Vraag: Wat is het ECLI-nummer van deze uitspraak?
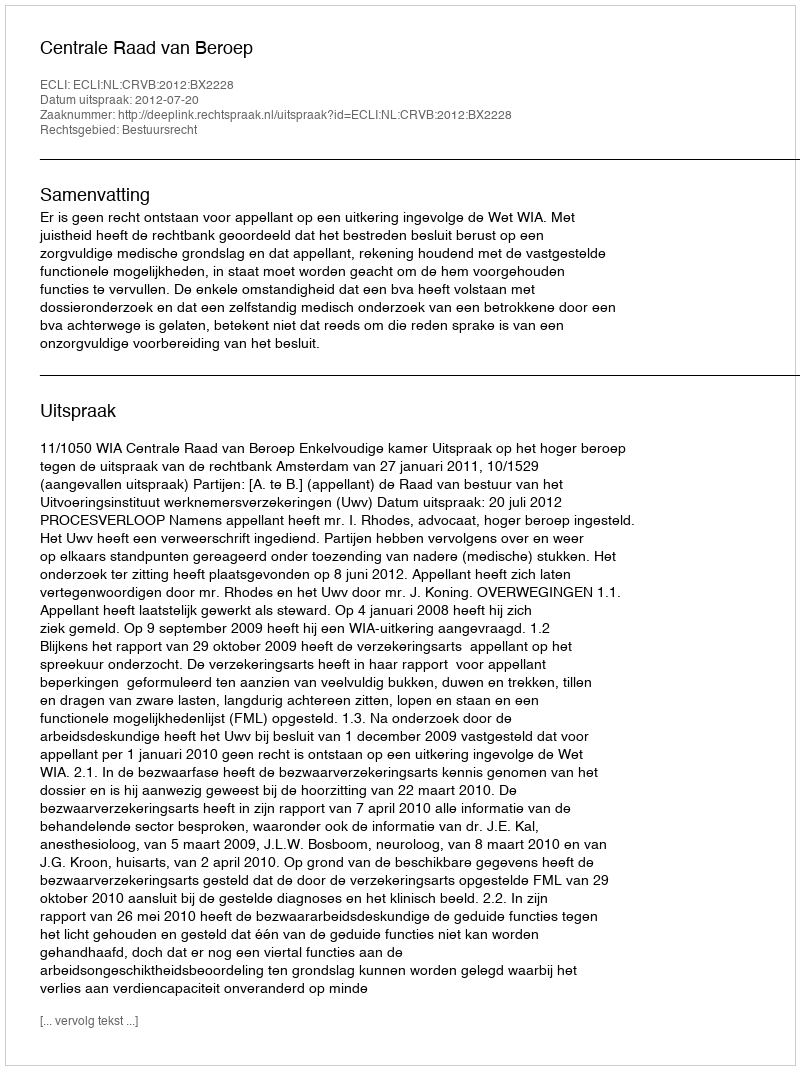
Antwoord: ECLI:NL:CRVB:2012:BX2228